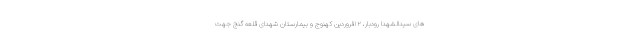
های سیدالشهدا رودبار، ۱۲فروردین کهنوج و بیمارستان شهدای قلعه گنج جهت